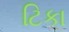
ટિકા